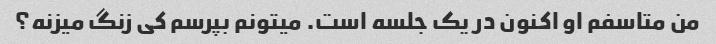
من متاسفم او اکنون در یک جلسه است. میتونم بپرسم کی زنگ میزنه؟